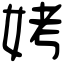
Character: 㛈